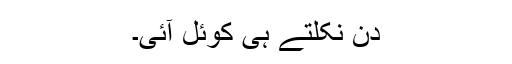
دن نکلتے ہی کوئل آئی۔